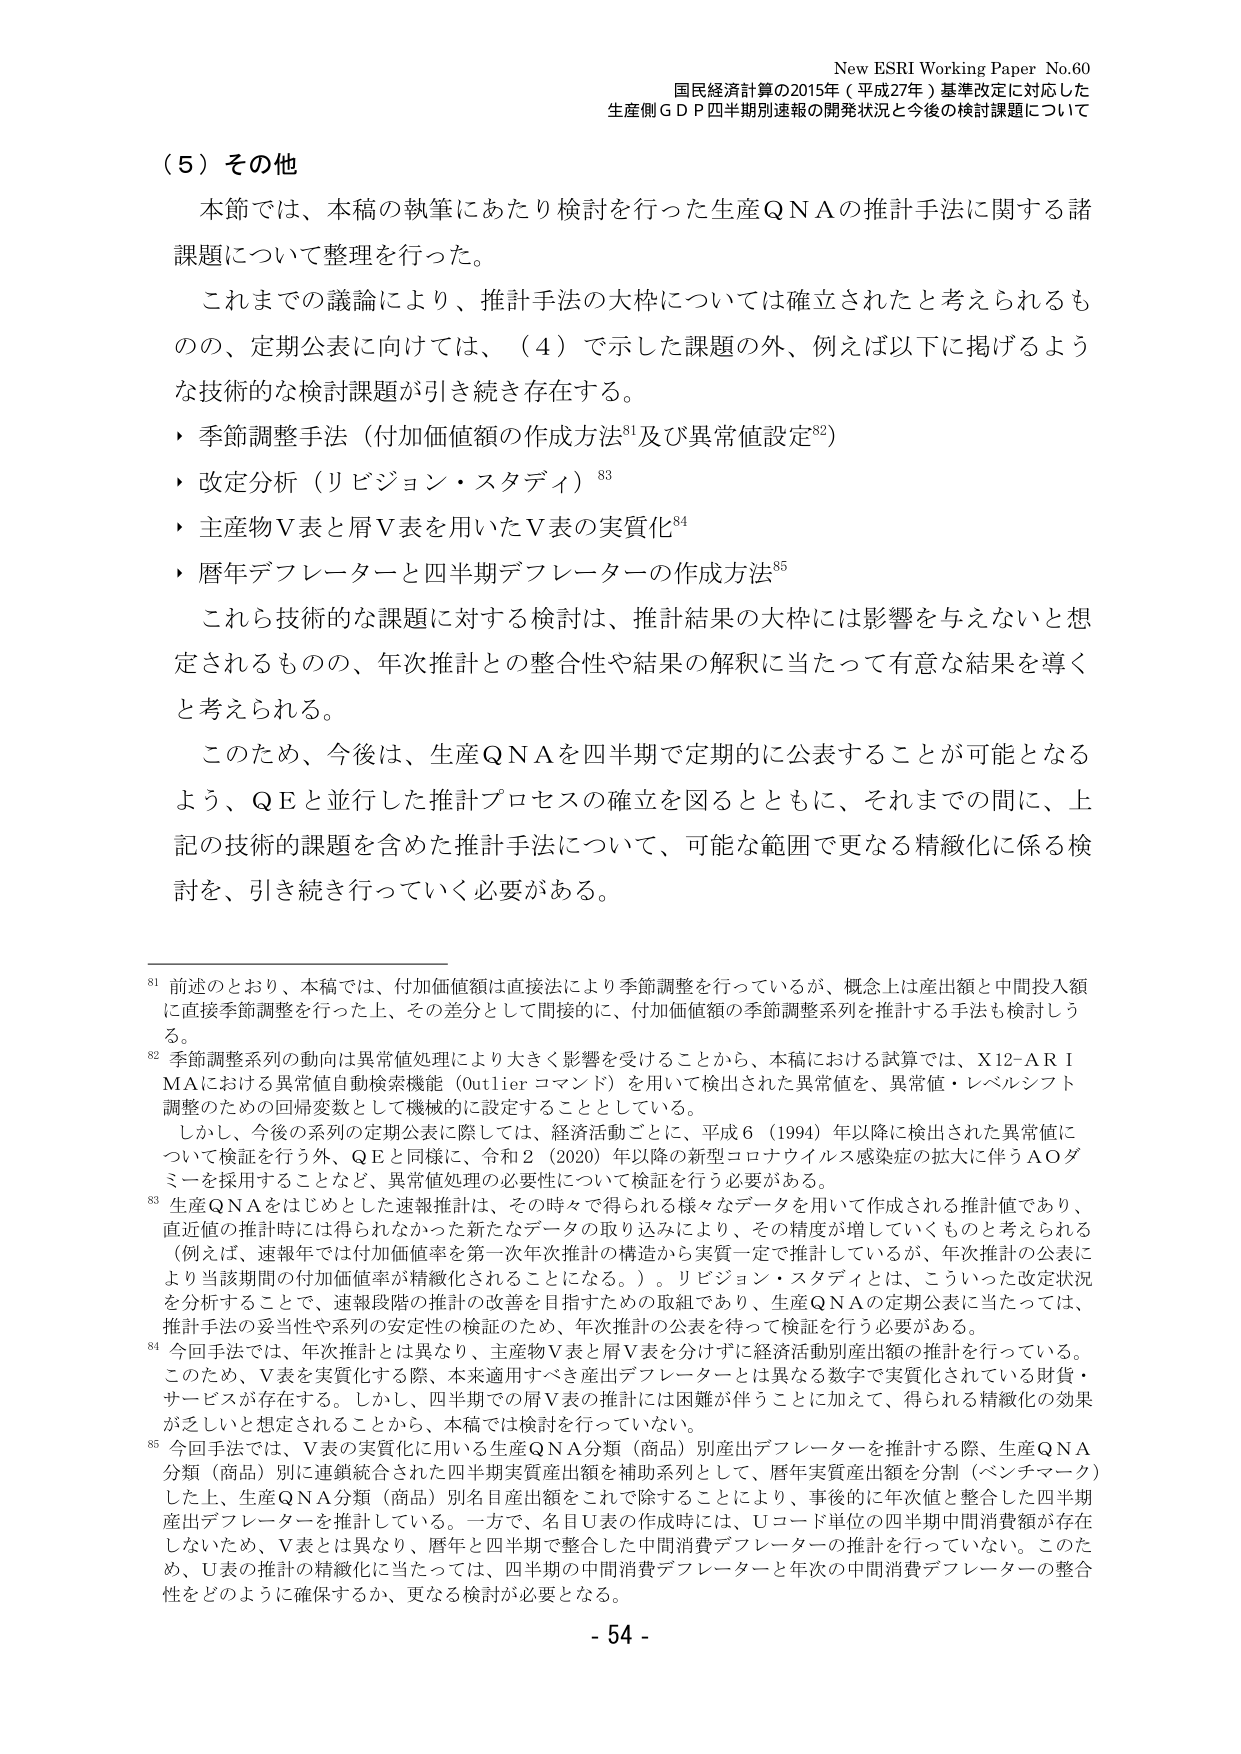
New ESRI Working Paper No.60
国民経済計算の2015年（平成27年）基準改定に対応した
生産側ＧＤＰ四半期別速報の開発状況と今後の検討課題について

（５）その他

本節では、本稿の執筆にあたり検討を行った生産ＱＮＡの推計手法に関する諸課題について整理を行った。

これまでの議論により、推計手法の大枠については確立されたと考えられるものの、定期公表に向けては、（４）で示した課題の外、例えば以下に掲げるような技術的な検討課題が引き続き存在する。

・季節調整手法（付加価値額の作成方法⁸¹及び異常値設定⁸²）
・改定分析（リビジョン・スタディ）⁸³
・主産物Ｖ表と屑Ｖ表を用いたＶ表の実質化⁸⁴
・暦年デフレーターと四半期デフレーターの作成方法⁸⁵

これら技術的な課題に対する検討は、推計結果の大枠には影響を与えないと思定されるものの、年次推計との整合性や結果の解釈に当たって有意な結果を導くと考えられる。

このため、今後は、生産ＱＮＡを四半期で定期的に公表することが可能となるよう、ＱＥと並行した推計プロセスの確立を図るとともに、それまでの間に、上記の技術的課題を含めた推計手法について、可能な範囲で更なる精緻化に係る検討を、引き続き行っていく必要がある。

⁸¹ 前述のとおり、本稿では、付加価値額は直接法により季節調整を行っているが、概念上は産出額と中間投入額に直接季節調整を行った上、その差分として間接的に、付加価値額の季節調整系列を推計する手法も検討しうる。

⁸² 季節調整系列の動向は異常値処理により大きく影響を受けることから、本稿における試算では、Ｘ12－ＡＲＩＭＡにおける異常値自動検索機能（Outlier コマンド）を用いて検出された異常値を、異常値・レベルシフト調整のための回帰変数として機械的に設定することとしている。
しかし、今後の系列の定期公表に際しては、経済活動ごとに、平成６（1994）年以降に検出された異常値について検証を行う外、ＱＥと同様に、令和２（2020）年以降の新型コロナウイルス感染症の拡大に伴うＡＯダミーを採用することなど、異常値処理の必要性について検証を行う必要がある。

⁸³ 生産ＱＮＡをはじめとした速報推計は、その時々で得られる様々なデータを用いて作成される推計値であり、直近値の推計時には得られなかった新たなデータの取り込みにより、その精度が増していくものと考えられる（例えば、速報年では付加価値率を第一次年次推計の構造から実質一定で推計しているが、年次推計の公表により当該期間の付加価値率が精緻化されることになる。）。リビジョン・スタディとは、こういった改定状況を分析することで、速報段階の推計の改善を目指すための取組であり、生産ＱＮＡの定期公表に当たっては、推計手法の妥当性や系列の安定性の検証のため、年次推計の公表を待って検証を行う必要がある。

⁸⁴ 今回手法では、年次推計とは異なり、主産物Ｖ表と屑Ｖ表を分けずに経済活動別産出額の推計を行っている。このため、Ｖ表を実質化する際、本来適用すべき産出デフレーターとは異なる数字で実質化されている財貨・サービスが存在する。しかし、四半期での屑Ｖ表の推計には困難が伴うことになじて、得られる精緻化の効果が乏しいと想定されることから、本稿では検討を行っていない。

⁸⁵ 今回手法では、Ｖ表の実質化に用いる生産ＱＮＡ分類（商品）別産出デフレーターを推計する際、生産ＱＮＡ分類（商品）別に連鎖統合された四半期実質産出額を補助系列として、暦年実質産出額を分割（ベンチマーク）した上、生産ＱＮＡ分類（商品）別名目産出額をこれで除することにより、事実的に年次値と整合した四半期産出デフレーターを推計している。一方で、名目Ｕ表の作成時には、Ｕコード単位の四半期中間消費額が存在しないため、Ｖ表とは異なり、暦年と四半期で整合した中間消費デフレーターの推計を行っていない。このため、Ｕ表の推計の精緻化に当たっては、四半期の中間消費デフレーターと年次の中間消費デフレーターの整合性をどのように確保するか、更なる検討が必要となる。

- 54 -